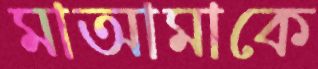
মাআমাকে